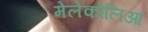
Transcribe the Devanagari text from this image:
मेलेंकोलिआ